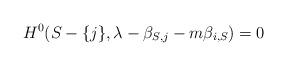
LaTeX: \begin{align*}H^0(S-\{j\},\lambda-\beta_{S,j}-m \beta_{i,S})=0\end{align*}